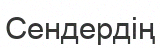
Сендердің